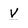
Character: V